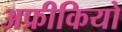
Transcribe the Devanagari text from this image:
अफ्रीकियो